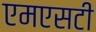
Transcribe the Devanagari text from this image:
एमएसटी